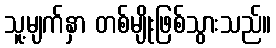
သူ့မျက်နှာ တစ်မျိုးဖြစ်သွားသည်။